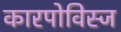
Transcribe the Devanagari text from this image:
कारपोविस्ज